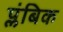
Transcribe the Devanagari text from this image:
प्लंबिक